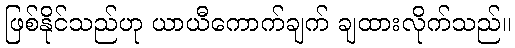
ဖြစ်နိုင်သည်ဟု ယာယီကောက်ချက် ချထားလိုက်သည်။